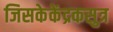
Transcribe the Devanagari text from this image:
जिसकेकेंद्रकसुत्र